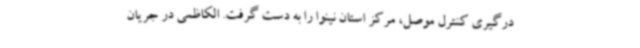
درگیری کنترل موصل، مرکز استان نینوا را به دست گرفت. الکاظمی در جریان